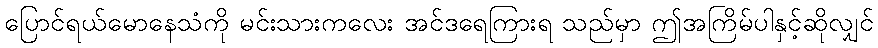
ပြောင်ရယ်မောနေသံကို မင်းသားကလေး အင်ဒရေကြားရ သည်မှာ ဤအကြိမ်ပါနှင့်ဆိုလျှင်